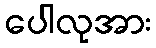
ပေါလုအား